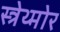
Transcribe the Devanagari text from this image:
स्त्रेथ्मोर